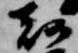
刻